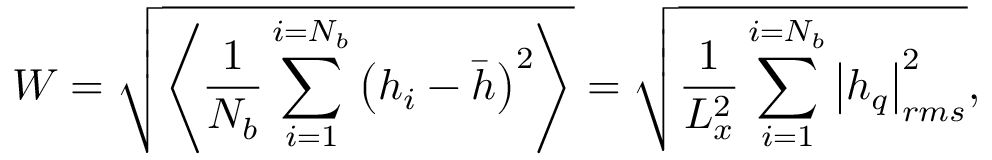
W = \sqrt { \left\langle \frac { 1 } { { { N } _ { b } } } \sum _ { i = 1 } ^ { i = { { N } _ { b } } } { { { \left( { { h } _ { i } } - \bar { h } \right) } ^ { 2 } } } \right\rangle } = \sqrt { \frac { 1 } { L _ { x } ^ { 2 } } \sum _ { i = 1 } ^ { i = { { N } _ { b } } } { { { \left| { { h } _ { q } } \right| } _ { r m s } ^ { 2 } } } } ,